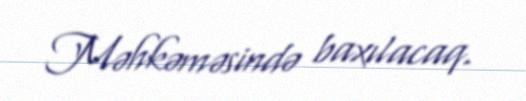
Məhkəməsində baxılacaq.